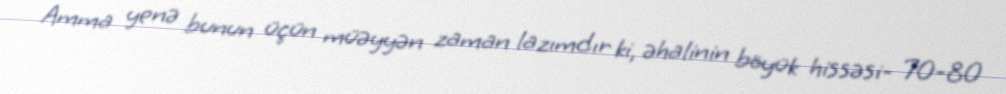
Amma yenə bunun üçün müəyyən zaman lazımdır ki, əhalinin böyük hissəsi- 70-80